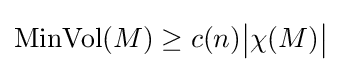
\operatorname {MinVol} (M)\geq c(n){\big |}\chi (M){\big |}